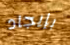
بإيجاد